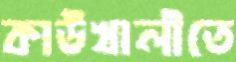
কাউখালীতে